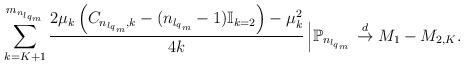
LaTeX: \begin{align*}\sum_{k=K+1}^{m_{n_{{l_{q}}_{m}}}}\frac{2\mu_{k}\left(C_{n_{{l_{q}}_{m}},k}- (n_{{l_{q}}_{m}}-1)\mathbb{I}_{k=2}\right)- \mu_{k}^2}{4k} \left| \mathbb{P}_{n_{{l_{q}}_{m}}} \right. \stackrel{d}{\to} M_{1}-M_{2,K}.\end{align*}